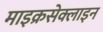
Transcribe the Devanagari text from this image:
माइक्रसेक्लाइन